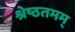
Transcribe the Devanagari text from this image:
श्रेष्ठतमम्